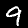
Digit: 9